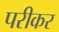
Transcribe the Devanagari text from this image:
परीकर